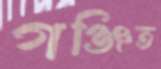
গঞ্জিত